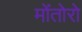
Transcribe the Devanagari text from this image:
मोंतोरो